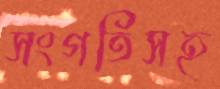
সংগতিসহ